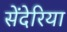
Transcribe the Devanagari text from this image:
सेंदेरिया